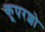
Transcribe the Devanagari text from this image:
कूपरशो